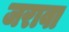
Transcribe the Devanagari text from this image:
जरावा